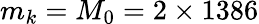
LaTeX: m_{k}=M_{0}=2\times 1386